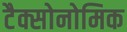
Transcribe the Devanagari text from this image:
टैक्सोनोमिक